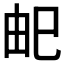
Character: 𭘌